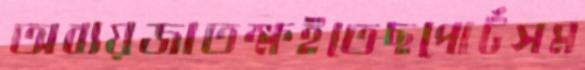
অব্যয়জাতক্ষইতেছপোর্টসম